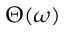
\Theta ( \omega )